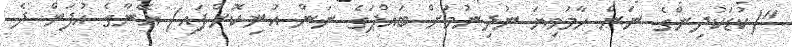
"(ކުޑަކުދިންގެ ނަން ހާމަވިޔަ ނުދިނުމަށް ބައްޕަގެ ނަން އުނިކޮށްފައި) އޭނާގެ އުފަން ދެ